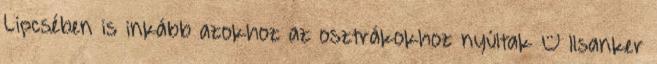
Lipcsében is inkább azokhoz az osztrákokhoz nyúltak – Ilsanker